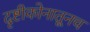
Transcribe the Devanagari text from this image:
दृष्टीकोनातूनच